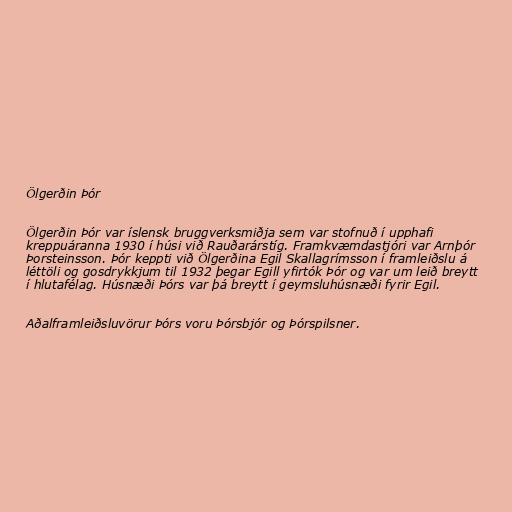
Ölgerðin Þór

Ölgerðin Þór var íslensk bruggverksmiðja sem var stofnuð í upphafi
kreppuáranna 1930 í húsi við Rauðarárstíg. Framkvæmdastjóri var Arnþór
Þorsteinsson. Þór keppti við Ölgerðina Egil Skallagrímsson í framleiðslu á
léttöli og gosdrykkjum til 1932 þegar Egill yfirtók Þór og var um leið breytt
í hlutafélag. Húsnæði Þórs var þá breytt í geymsluhúsnæði fyrir Egil.

Aðalframleiðsluvörur Þórs voru Þórsbjór og Þórspilsner.